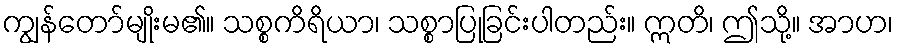
ကျွန်တော်မျိုးမ၏။ သစ္စကိရိယာ၊ သစ္စာပြုခြင်းပါတည်း။ ဣတိ၊ ဤသို့။ အာဟ၊